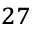
^ { 2 7 }